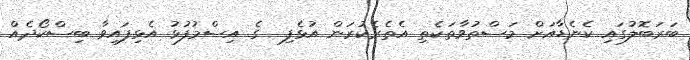
ބަރަބޮލުގައި ކެނެޑާއަށް މަސްތުވާތަކެތި އެތެރެކުރަން އުޅެފި  ގެ އިސްމުފުޅު އެޅިފައިވާ ބިސްކޯދެއް